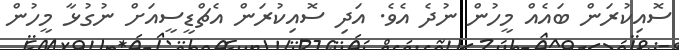
ސޮއިކުރަން ބައެއް މީހުން ނުދެ އެވެ. އަދި ސޮއިކުރަން އެޗްޑީސީއަށް ނުގުޅާ މީހުން